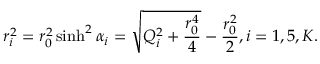
r _ { i } ^ { 2 } = r _ { 0 } ^ { 2 } \sinh ^ { 2 } \alpha _ { i } = \sqrt { Q _ { i } ^ { 2 } + { \frac { r _ { 0 } ^ { 4 } } { 4 } } } - { \frac { r _ { 0 } ^ { 2 } } { 2 } } , i = 1 , 5 , K .